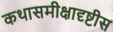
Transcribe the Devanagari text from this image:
कथासमीक्षादृष्टीस